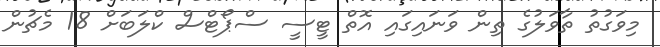
މިވަގުތު ތާވަލުގެ ތިން ވަނައިގައި އޮތް ޓީސީ ސްޕޯޓްސް ކްލަބަށް 18 މެޗުން